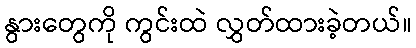
နွားတွေကို ကွင်းထဲ လွှတ်ထားခဲ့တယ်။